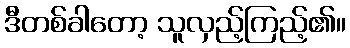
ဒီတစ်ခါတော့ သူလှည့်ကြည့်၏။